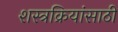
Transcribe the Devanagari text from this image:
शस्त्रक्रियांसाठी